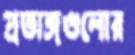
প্রত্যঙ্গগুলোর